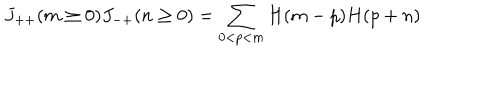
LaTeX: J _ { + + } ( m \ge 0 ) J _ { - + } ( n \ge 0 ) = \sum _ { 0 < p < m } H ( m - p ) H ( p + n )